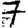
Digit: 7